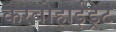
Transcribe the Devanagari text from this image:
करबोहाईड्रेट